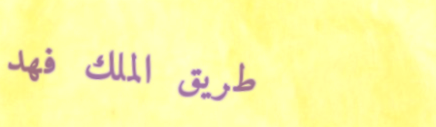
طريق الملك فهد